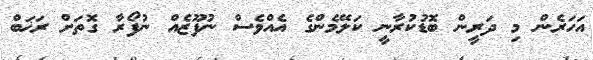
އަހަރެން މި ދަރީން ބޮޑުކުރާނީ ކަލޭމެންގެ އެއްވެސް ނުފޫޒެއް ނުފޯރާ ގޮތަށް ރަޚަބް